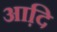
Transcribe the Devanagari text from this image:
आदि़